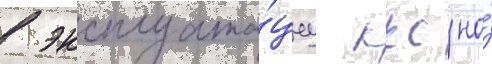
в эксплуата́циу ккс на́